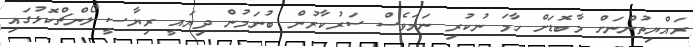
ރައްޔިތުންނަށް މާބޮޑަށް ހާމަ ނުކުރި ނަމަވެސް ސަރުކާރުން ބުނަމުން ދިޔައީ ރިޔާސީ ލޯންޗްކޮޅުގައި